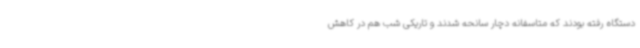
دستگاه رفته بودند که متاسفانه دچار سانحه شدند و تاریکی شب هم در کاهش